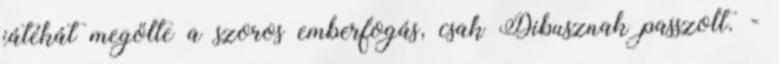
játékát megölte a szoros emberfogás, csak Dibusznak passzolt. -